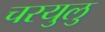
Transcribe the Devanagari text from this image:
चरयुलु